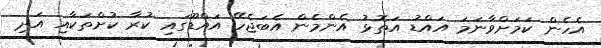
އެހެން ކަމަށްވާނަމަ އައްޑު އަތޮޅު އެންމެން އެބަޖެހޭ އައްޑޫގައި ކުރާ ކުށްތަކާއި އަދި